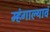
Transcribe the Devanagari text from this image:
म्हंगाल्यावं